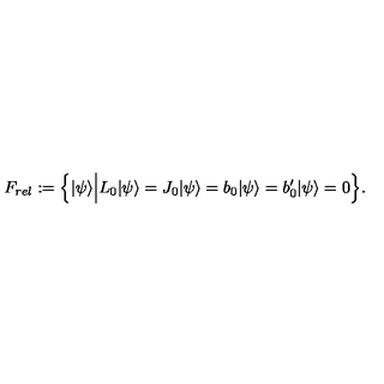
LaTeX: F _ { r e l } : = \Big \{ | \psi \rangle \Big | L _ { 0 } | \psi \rangle = J _ { 0 } | \psi \rangle = b _ { 0 } | \psi \rangle = b _ { 0 } ^ { \prime } | \psi \rangle = 0 \Big \} .